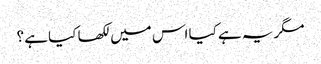
مگر یہ ہے کیا اس میں لکھا کیا ہے ؟